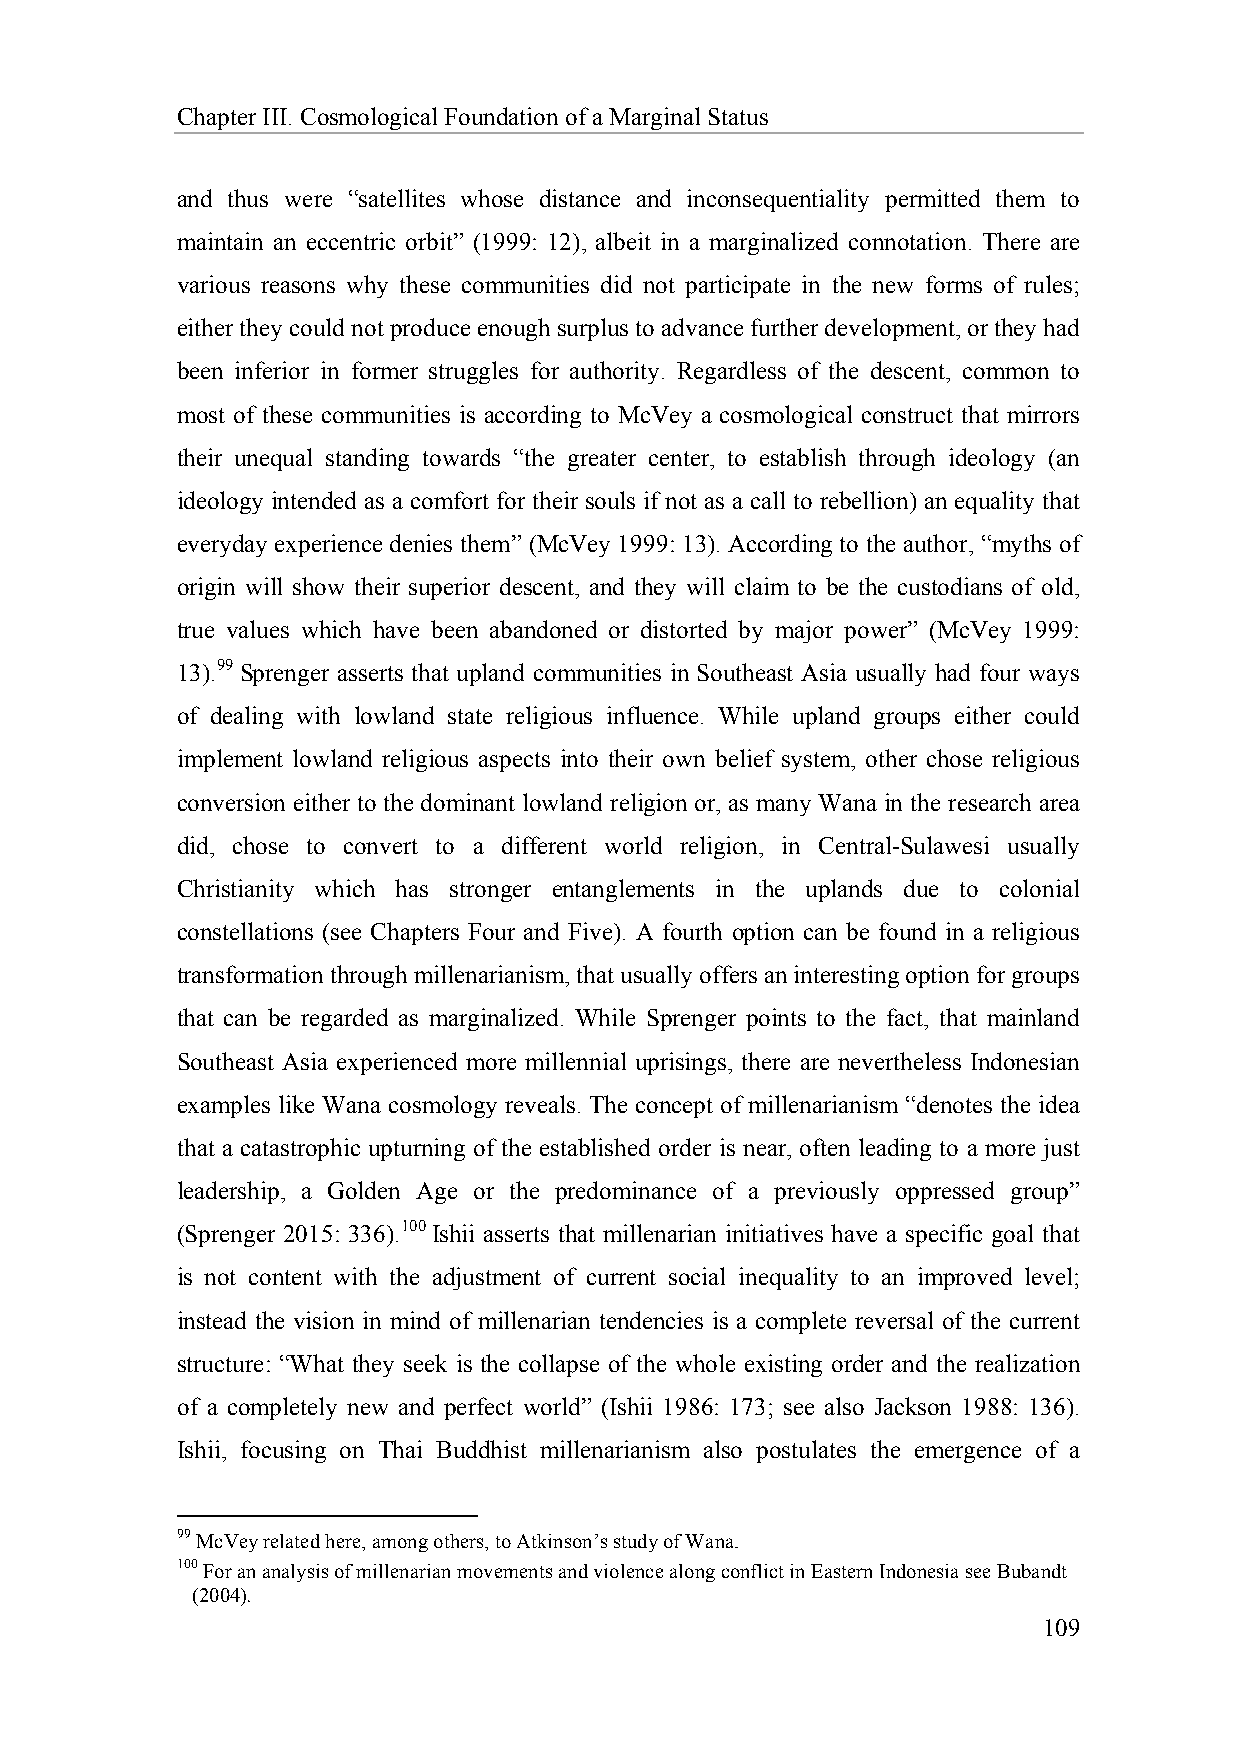
Chapter III. Cosmological Foundation of a Marginal Status
 and thus were “satellites whose distance and inconsequentiality permitted them to
 maintain an eccentric orbit” (1999: 12), albeit in a marginalized connotation. There are
 various reasons why these communities did not participate in the new forms of rules;
 either they could not produce enough surplus to advance further development, or they had
 been inferior in former struggles for authority. Regardless of the descent, common to
 most of these communities is according to McVey a cosmological construct that mirrors
 their unequal standing towards “the greater center, to establish through ideology (an
 ideology intended as a comfort for their souls if not as a call to rebellion) an equality that
 everyday experience denies them” (McVey 1999: 13). According to the author, “myths of
 origin will show their superior descent, and they will claim to be the custodians of old,
 true values which have been abandoned or distorted by major power” (McVey 1999:
 13).99 Sprenger asserts that upland communities in Southeast Asia usually had four ways
 of dealing with lowland state religious influence. While upland groups either could
 implement lowland religious aspects into their own belief system, other chose religious
 conversion either to the dominant lowland religion or, as many Wana in the research area
 did, chose to convert to a different world religion, in Central-Sulawesi usually
 Christianity which has stronger entanglements in the uplands due to colonial
 constellations (see Chapters Four and Five). A fourth option can be found in a religious
 transformation through millenarianism, that usually offers an interesting option for groups
 that can be regarded as marginalized. While Sprenger points to the fact, that mainland
 Southeast Asia experienced more millennial uprisings, there are nevertheless Indonesian
 examples like Wana cosmology reveals. The concept of millenarianism “denotes the idea
 that a catastrophic upturning of the established order is near, often leading to a more just
 leadership, a Golden Age or the predominance of a previously oppressed group”
 (Sprenger 2015: 336).100 Ishii asserts that millenarian initiatives have a specific goal that
 is not content with the adjustment of current social inequality to an improved level;
 instead the vision in mind of millenarian tendencies is a complete reversal of the current
 structure: “What they seek is the collapse of the whole existing order and the realization
 of a completely new and perfect world” (Ishii 1986: 173; see also Jackson 1988: 136).
 Ishii, focusing on Thai Buddhist millenarianism also postulates the emergence of a
 99 McVey related here, among others, to Atkinson’s study of Wana.
 100 For an analysis of millenarian movements and violence along conflict in Eastern Indonesia see Bubandt
 (2004).
 109